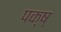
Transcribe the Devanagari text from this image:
पक्ष्